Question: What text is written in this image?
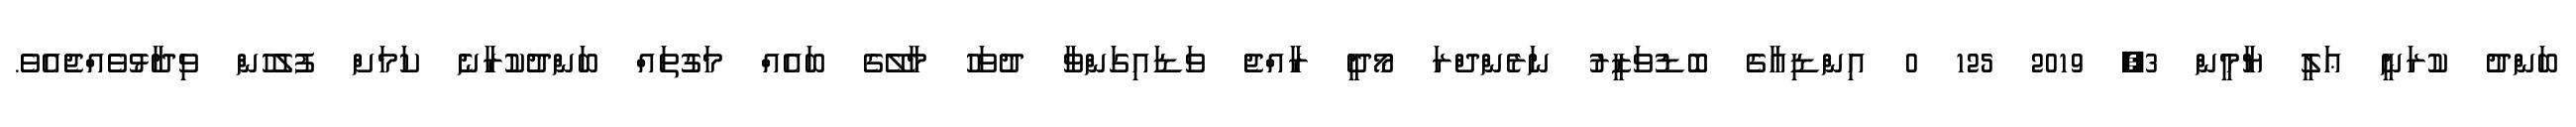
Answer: ބަންދު ކުރަނީ ޢަލީ ޔާމީން 3, 2019 125 0 އިންޑިއާގެ ބޮޑުވަޒީރު ނަރެންދްރަ މޯދީ ރާއްޖެ ވަޑައިގަންވާ ދުވަހު މާލޭގެ ބައެއް މަގުތައް ބަންދުކުރާނެ ކަމަށް ފުލުހުން ވިދާޅުވެއްޖެއެވެ.